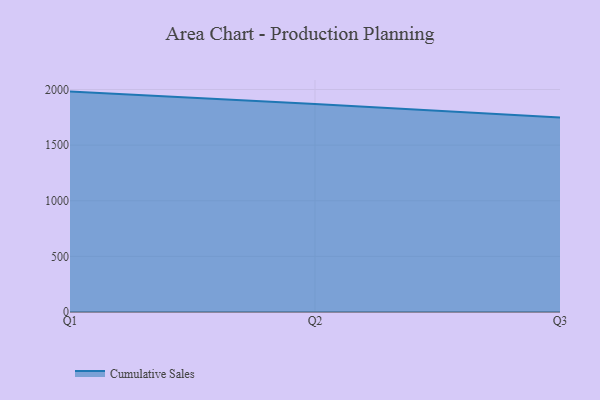
{"axis": {"x": "Quarter", "y": "Satisfaction Score"}, "legend": ["Cumulative Sales"], "data": [{"x": "Q1", "y": 1981.2, "type": "Cumulative Sales"}, {"x": "Q2", "y": 1868.9, "type": "Cumulative Sales"}, {"x": "Q3", "y": 1747.6, "type": "Cumulative Sales"}]}